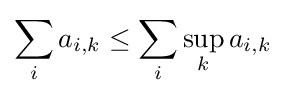
\sum _{i}a_{i,k}\leq \sum _{i}\sup _{k}a_{i,k}